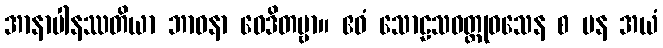
အာနာပါနဿတိယာ ဘာဝနာ ဝေဒိတဗ္ဗာ။ ဧဝံ သောဠသဝတ္ထုဝသေန စ ပန အယံ